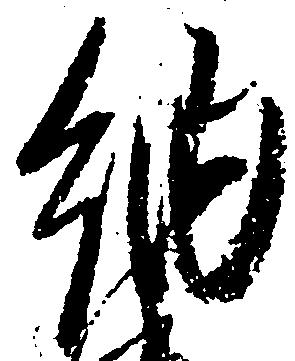
納